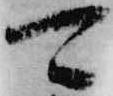
可